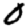
Digit: 0